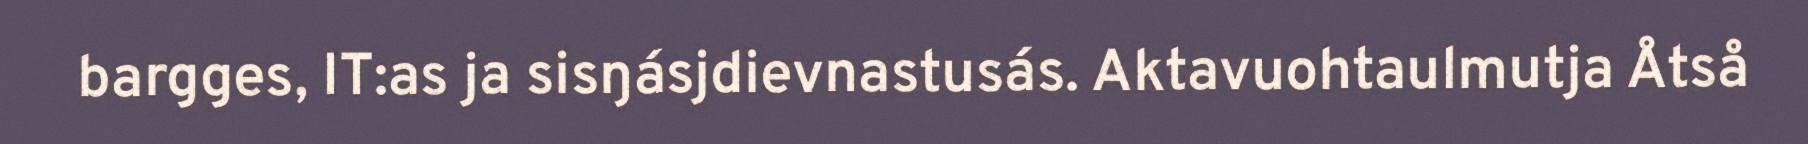
bargges, IT:as ja sisŋásjdievnastusás. Aktavuohtaulmutja Åtså